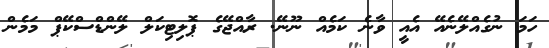
ހަމަ ނުގެއްލޭނެއޭ އެއީ ވާނެ ކަމެއް ނޫނޭ. ރާއްޖޭގެ ޕޮލިޓިކަލް ލޭންޑްސްކޭޕް މަމެން